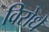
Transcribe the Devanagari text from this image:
विरोधे